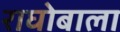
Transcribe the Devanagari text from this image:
राघोबाला